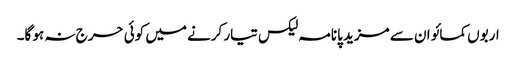
اربوں کمائو ان سے مزید پانامہ لیکس تیار کرنے میں کوئی حرج نہ ہو گا۔